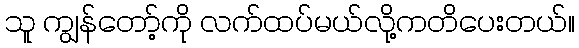
သူ ကျွန်တော့်ကို လက်ထပ်မယ်လို့ကတိပေးတယ်။